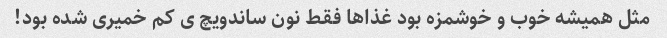
مثل همیشه خوب و خوشمزه بود غذاها فقط نون ساندویچ ی کم خمیری شده بود!